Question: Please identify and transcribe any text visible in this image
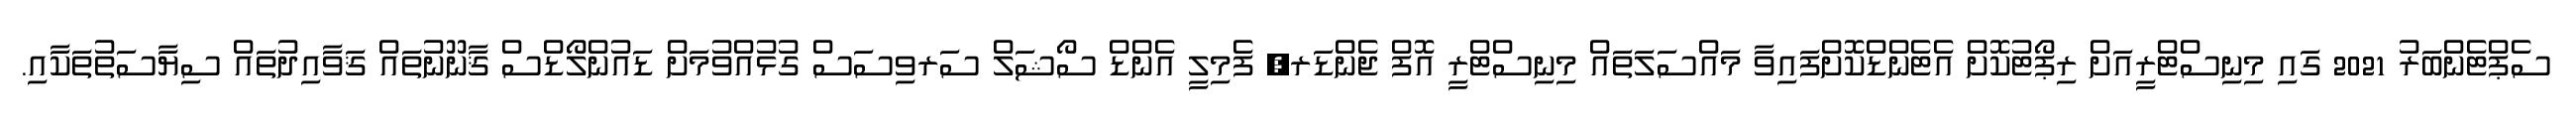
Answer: ސެޕްޓެންބަރު 2021 ގައި މިނިސްޓްރީއަށް ރިޕޯޓުކޮށް އެޓެންޑްކޮށްފައިވާ މައްސަލަތައް މިނިސްޓްރީ އޮފް ޖެންޑަރ, ފެމިލީ އެންޑް ސޯޝަލް ސަރވިސަސް ގުޅުއްވުމަށް ޑައުންލޯޑްސް ޤާނޫނުތައް ޤަވާއިދުތައް ސިޔާސަތުތަކާއި.